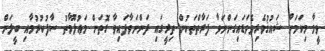
ވީމާ މިކަމަށް ޝައުޤުވެރިވެވަޑައިގަންނަވާ ފަރާތްތަކުން ތިރީގައި ދަންނަވާފައިވާ ގޮތަށް މަޢުލޫމާތު ސާފުކުރުމާއި ބީލަން